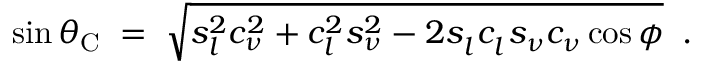
\sin \theta _ { \mathrm { C } } \; = \; \sqrt { s _ { l } ^ { 2 } c _ { \nu } ^ { 2 } + c _ { l } ^ { 2 } s _ { \nu } ^ { 2 } - 2 s _ { l } ^ { ~ } c _ { l } ^ { ~ } s _ { \nu } c _ { \nu } \cos \phi } \; \; .